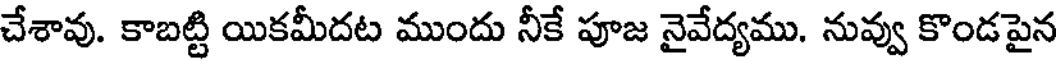
చేశావు. కాబట్టి యికమీదట ముందు నీకే పూజ నైవేద్యము. నువ్వు కొండపైన